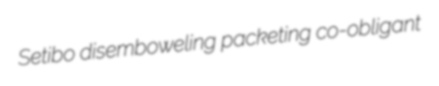
Setibo disemboweling packeting co-obligant